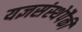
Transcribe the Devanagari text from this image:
यज्ञसंस्थेपैकी